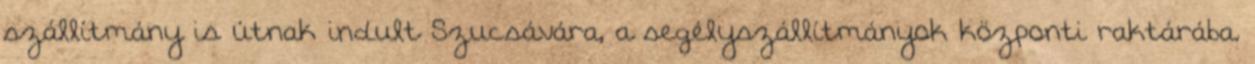
szállítmány is útnak indult Szucsávára, a segélyszállítmányok központi raktárába.